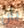
بأن